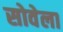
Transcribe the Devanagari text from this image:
सोवेला